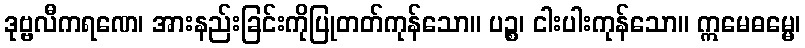
ဒုဗ္ဗလီကရဏေ၊ အားနည်းခြင်းကိုပြုတတ်ကုန်သော။ ပဉ္စ၊ ငါးပါးကုန်သော။ ဣမေဓမ္မေ၊